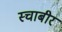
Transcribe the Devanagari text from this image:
स्चाबीर